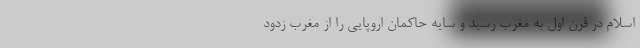
اسلام در قرن اول به مغرب رسید و سایه حاکمان اروپایی را از مغرب زدود